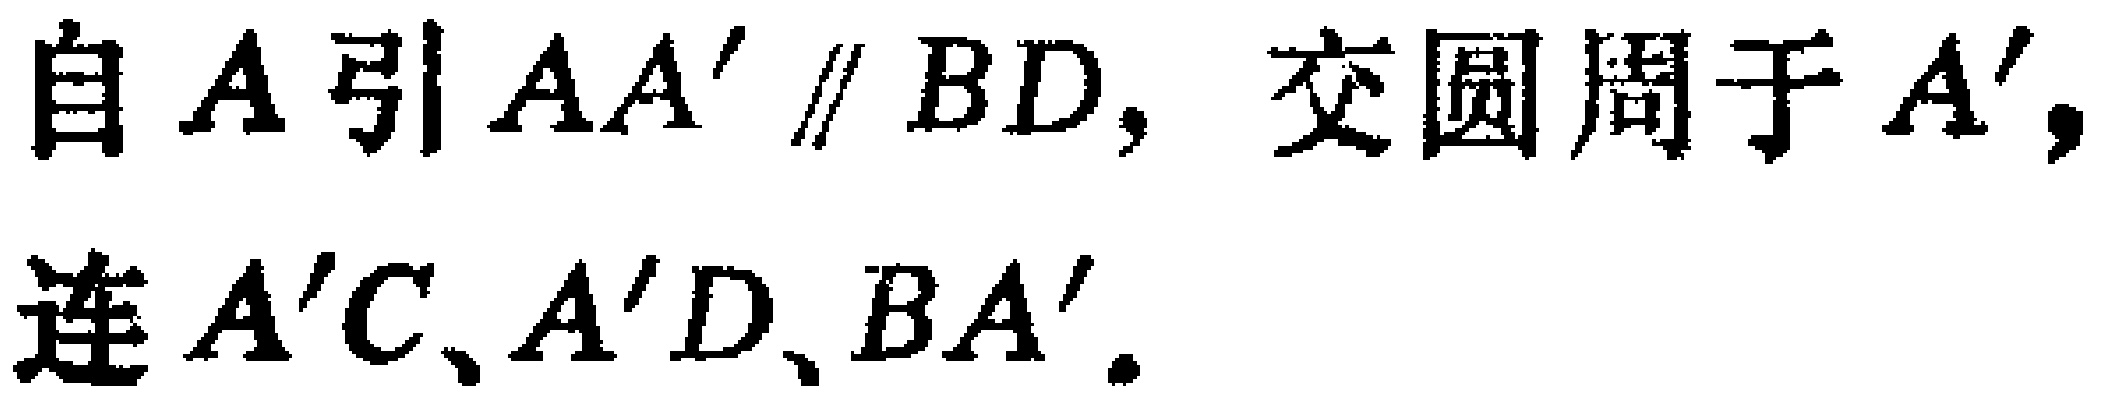
自\(A\)引\(AA'\parallel BD\)，交圆周于\(A'\)，连\(A'C\)、\(A'D\)、\(BA'\)。